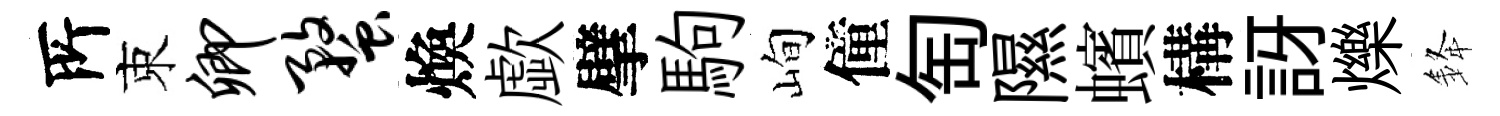
𠩄束卿蝥煥歔擘駒峋僮匋隰蠙構訝爍𨦟